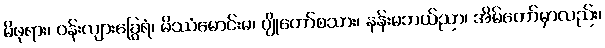
မိဖုရား၊ ဝန်းလျားခြွေရံ၊ မိဿံမောင်းမ၊ ပျိုတော်စသား၊ နန်းမဘယ်ညာ၊ အိမ်တော်မှာလည်း၊